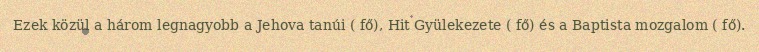
Ezek közül a három legnagyobb a Jehova tanúi ( fő), Hit Gyülekezete ( fő) és a Baptista mozgalom ( fő).